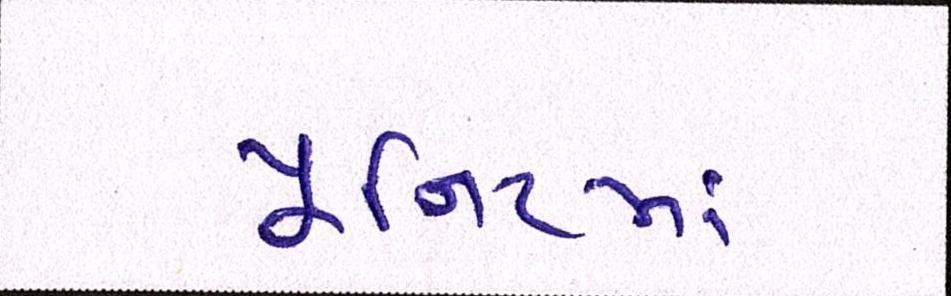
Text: યૂનિટમાં